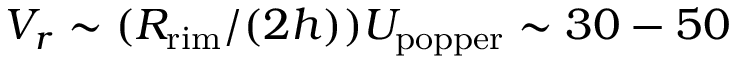
V _ { r } \sim ( R _ { \mathrm { r i m } } / ( 2 h ) ) U _ { \mathrm { p o p p e r } } \sim 3 0 - 5 0